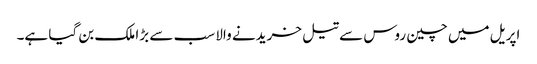
اپریل میں چین روس سے تیل خریدنے والا سب سے بڑا ملک بن گیا ہے۔